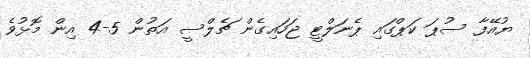
ޔުއޭފާ ސުޕަ ކަޕްގައި ޕެނަލްޓީ ޖަހައިގެން ޗެލްސީ އަތުން 5-4 އިން މޮޅުވެ